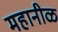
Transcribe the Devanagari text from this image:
महानीळ